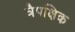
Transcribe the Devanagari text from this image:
त्रैपक्षिक